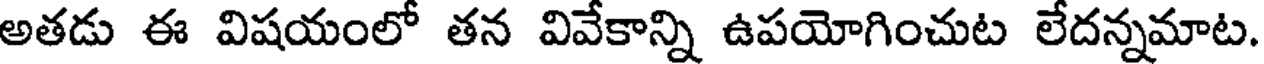
అతడు ఈ విషయంలో తన వివేకాన్ని ఉపయోగించుట లేదన్నమాట.